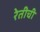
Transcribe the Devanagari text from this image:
रेतीची